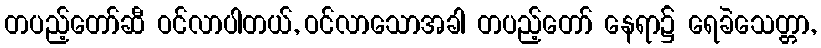
တပည့်တော်ဆီ ဝင်လာပါတယ်, ဝင်လာသောအခါ တပည့်တော် နေရာ၌ ရေခဲသေတ္တာ,